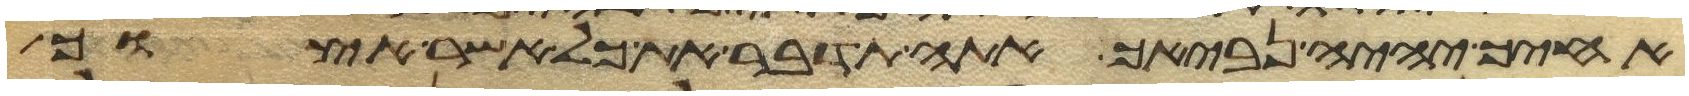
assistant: אחיך יהיה נביאך אתה תדבר את כל אשר אצוך